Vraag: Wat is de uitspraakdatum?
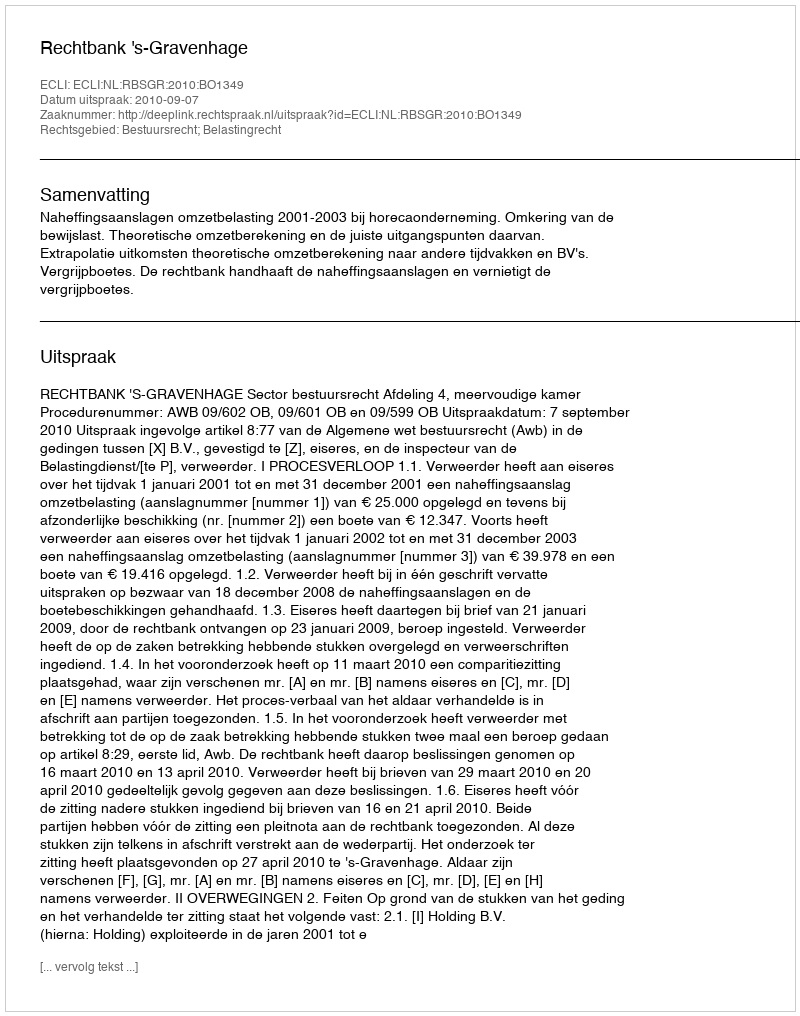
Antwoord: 2010-09-07